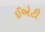
ઈએટી